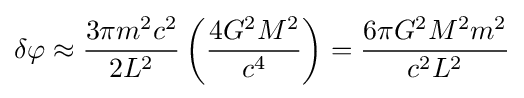
\delta \varphi \approx {\frac {3\pi m^{2}c^{2}}{2L^{2}}}\left({\frac {4G^{2}M^{2}}{c^{4}}}\right)={\frac {6\pi G^{2}M^{2}m^{2}}{c^{2}L^{2}}}